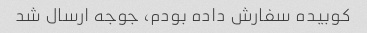
کوبیده سفارش داده بودم، جوجه ارسال شد